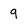
Character: 9